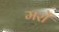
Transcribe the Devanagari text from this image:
मरों